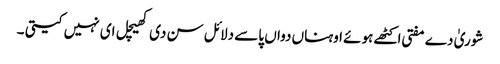
شوریٰ دے مفتی اکٹھے ہوئے اوہناں دواں پاسے دلائل سن دی کھیچل ای نہیں کیتی ۔